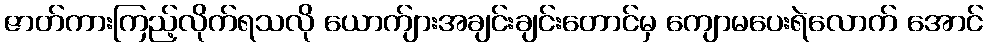
ဇာတ်ကားကြည့်လိုက်ရသလို ယောက်ျားအချင်းချင်းတောင်မှ ကျောမပေးရဲလောက် အောင်